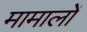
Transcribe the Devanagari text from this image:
मामालों